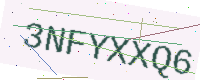
Text: 3NFYXXQ6